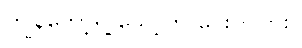
ကျွန်တော့်ရဲ့ သော့ကို ပေးပါလား။